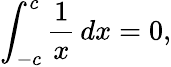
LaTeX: \int_{-c}^{c}{\frac{1}{x}}\, dx=0,